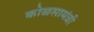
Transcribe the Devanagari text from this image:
कोळसामंत्री